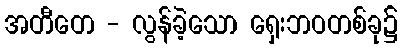
အတီတေ - လွန်ခဲ့သော ရှေးဘဝတစ်ခု၌